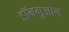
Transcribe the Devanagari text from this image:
डॉनगुआन